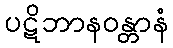
ပဋိဘာနဝန္တာနံ